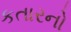
કતારનો